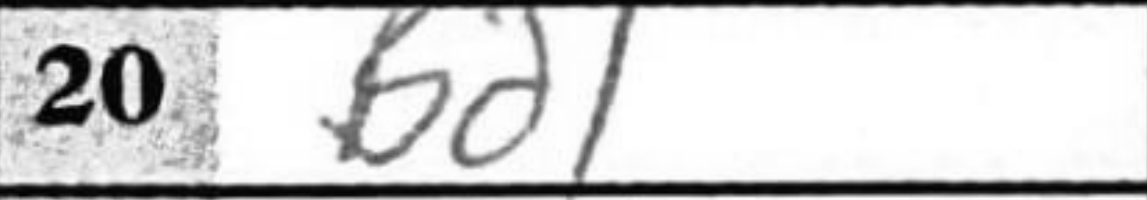
Transcription: Bd1